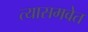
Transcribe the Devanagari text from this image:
त्यासमवेत